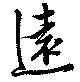
遠